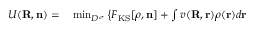
\begin{array} { r l } { { \cal U } ( { \bf R , n } ) = } & { { } \operatorname* { m i n } _ { D ^ { \sigma } } \left\{ { \cal F } _ { \mathrm { K S } } [ { \boldsymbol \rho } , { \bf n } ] + \int v ( { \bf R , r } ) \rho ( { \bf r } ) d { \bf r } \right. } \end{array}